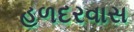
હળદરવાસ